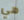
هي